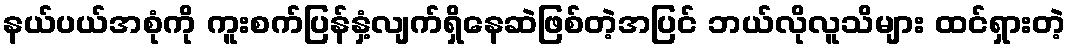
နယ်ပယ်အစုံကို ကူးစက်ပြန်နှံ့လျက်ရှိနေဆဲဖြစ်တဲ့အပြင် ဘယ်လိုလူသိများ ထင်ရှားတဲ့